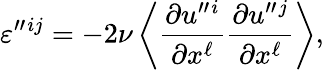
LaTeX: \varepsilon^{\prime\prime}{}^{ij}=-2\nu\left\langle{\frac{\partial u^{\prime\prime}{}^{i}}{\partial x^{\ell}}\frac{\partial u^{\prime\prime}{}^{j}}{\partial x^{\ell}}}\right\rangle,